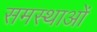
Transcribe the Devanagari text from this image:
समस्थाओं